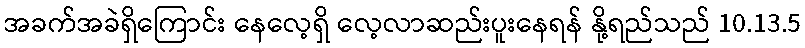
အခက်အခဲရှိကြောင်း နေလေ့ရှိ လေ့လာဆည်းပူးနေရန် နို့ရည်သည် 10.13.5